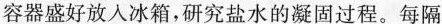
容器盛好放入冰箱，研究盐水的凝固过程。每隔